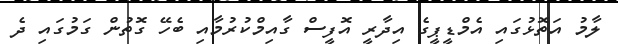
ލާމު އަތޮޅުގައި އެމްޑީޕީގެ އިދާރީ އޮފީސް ގާއިމްކުރުމާއި ބެހޭ ގޮތުން ގަމުގައި ދެ